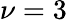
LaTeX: \nu=3